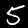
Label: 5